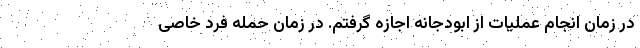
در زمان انجام عملیات از ابودجانه اجازه گرفتم. در زمان حمله فرد خاصی